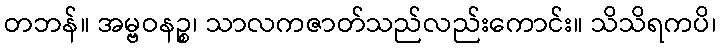
တဘန်။ အမ္ဗဝနဉ္စ၊ သာလကဇာတ်သည်လည်းကောင်း။ သိသိရကပိ၊